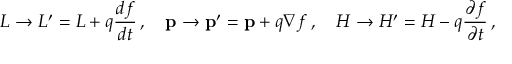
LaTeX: L \rightarrow L ^ { \prime } = L + q { \frac { d f } { d t } } \, , \quad \mathbf { p } \rightarrow \mathbf { p ^ { \prime } } = \mathbf { p } + q \nabla f \, , \quad H \rightarrow H ^ { \prime } = H - q { \frac { \partial f } { \partial t } } \, ,